Medical and sanitary report of the native army of Madras for the year
Year: 1877
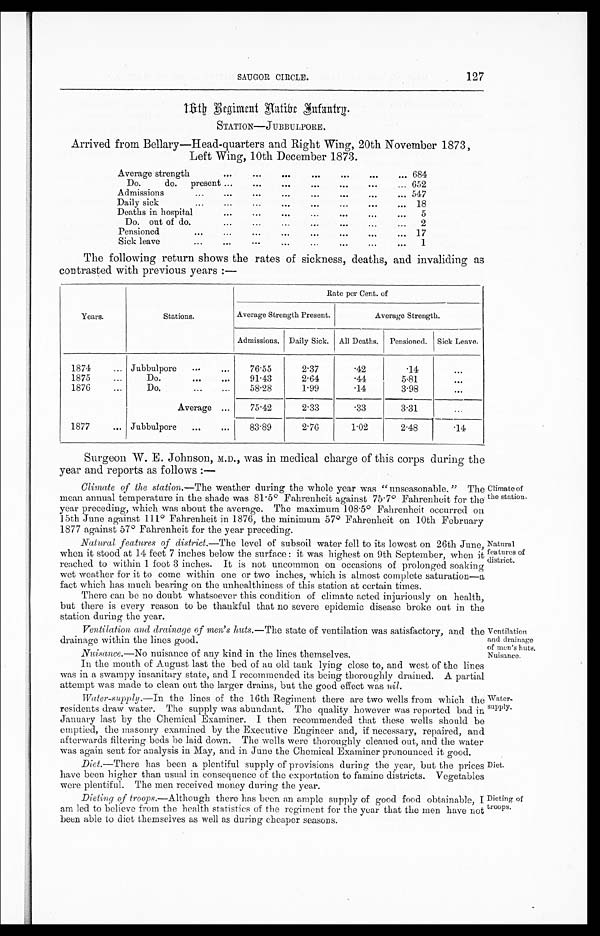
SAUGOR CIRCLE.
127
1 6 t h R e g i m e n t N a t i v e I n f a n t r y .
STATION—JUBBULPORE.
Arrived from Bellary—Head-quarters and Right Wing, 20th November 1873,
Left Wing, 10th December 1873.
Average strength
...
...
...
...
...
...
... 684
Do. do. present ...
...
...
...
... 652
Admissions
...
...
...
...
...
...
... 547
Daily sick
...
...
...
...
...
... 18
Deaths in hospital
...
...
...
... 5
Do. out of do....
...
...
...
...
... 2
Pensioned
...
...
...
...
...
... 17
Sick leave...
...
...
...
...
...
... 1
The following return shows the rates of sickness, deaths, and invaliding as
contrasted with previous years :—
Years.
Stations.
Rate per Cent. of
Average Strength Present.
Average Strength.
Admissions. Daily Sick. All Deaths, Pensioned. Sick Leave.
1874
... Jubbulpore ...
...
76.55
2.37
.42
.14
...
1875
Do. ...
...
91.43
2.64
.44
5.81
. . .
1876
...
Do. ...
...
58.28
1.99
.14
3.98
...
Average ...G
75.42
2.33
.33
3.31
...
1877
... Jubbulpore ...
...
83.89
2.76
1.02
2.48
. 1 4
Surgeon W. E. Johnson, M.D., was in medical charge of this corps during the
year and reports as follows :—
Climate of the station.
—The weather during the whole year was "unseasonable." The
mean annual temperature in the shade was 81.5° Fahrenheit against 75.7° Fahrenheit for the
year preceding, which was about the average. The maximum 108.5° Fahrenheit occurred on
15th June against 111° Fahrenheit in 1876, the minimum 57° Fahrenheit on 10th February
1877 against 57° Fahrenheit for the year preceding
Natural features of district. —The level of subsoil water fell to its lowest on 26th June
when it stood at 14 feet 7 inches below the surface : it was highest on 9th September, when
it.reached to within 1 foot 3 inches. It is not uncommon on occasions of prolonged soaking
wet weather for it to come within one or two inches, which is almost complete saturation—
a fact which has much bearing on the unhealthiness of this sation at certain times.
There can be no doubt whatsoever this condition of climate acted injuriously on health,
but there is every reason to be thankful that no severe epidemic disease broke out in the
station during the year.
Ventilation and drainage of men's huts
.
—The state of ventilation was satisfactory, and the
drainage within the lines good.
Climate of
the station.
Natural
features of
district.
Ventilation
and drainage
of men' s huts.
Nuisance.
—No nuisance of any kind in the lines themselves.
In the mouth of August last the bed of an old tank lying close to, and west of the lines
was in a swampy insanitary state, and I recommended its being thoroughly drained. A partial
attempt was made to clean out the larger drains, but the good effect was nil.
Water-supply.
—In the lines of the 16th Regiment there are two wells from which the
residents draw water. The supply was abundant. The quality however was reported bad in
January last by the Chemical Examiner. I then recommended that these wells should be
emptied, the masonry examined by the Executive Engineer and, if necessary, repaired, and
afterwards filtering beds be laid down. The wells were thoroughly cleaned out, and the water
was again sent for analysis in May, and in June the Chemical Examiner pronounced it good.
Diet.
—There has been a plentiful supply of provisions during the year, but the prices
have been higher than usual in consequence of the exportation to famine districts. Vegetables
were plentiful. The men received money during the year.
Dieting of troops.— Although there has been an ample supply of good food obtainable, I
am led to believe from the health statistics of the regiment for the year that the men have not
been able to diet themselves as well as during cheaper seasons.
Nuisance.
Water-
s u p p l y .
Diet.
Dieting of
troops.